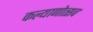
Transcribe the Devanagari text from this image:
कल्याणोत्सव